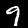
Label: 9